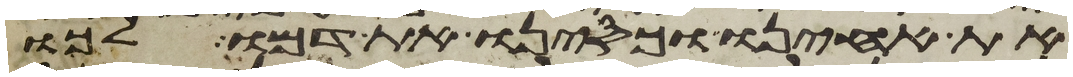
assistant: את אחינו וכסינו את דמו לכו